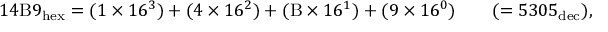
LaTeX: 1 4 \mathrm { B } 9 _ { \mathrm { h e x } } = ( 1 \times 1 6 ^ { 3 } ) + ( 4 \times 1 6 ^ { 2 } ) + ( \mathrm { B } \times 1 6 ^ { 1 } ) + ( 9 \times 1 6 ^ { 0 } ) \qquad ( = 5 3 0 5 _ { \mathrm { d e c } } ) ,